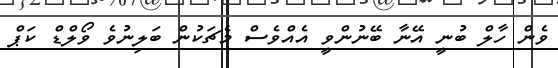
ވެން ހާލް ބުނީ އޭނާ ބޭނުންވީ އެއްވެސް މެޗަކުން ބަލިނުވެ ވޯލްޑް ކަޕް